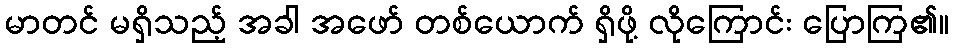
မာတင် မရှိသည့် အခါ အဖော် တစ်ယောက် ရှိဖို့ လိုကြောင်း ပြောကြ၏။